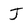
Character: J